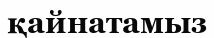
қайнатамыз